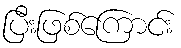
ပြီးဖြစ်ကြောင်း